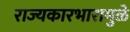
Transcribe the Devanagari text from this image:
राज्यकारभारामुळे